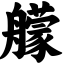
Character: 艨